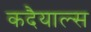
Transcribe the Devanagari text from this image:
कदैयाल्स